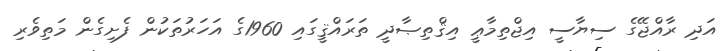
އަދި ރާއްޖޭގެ ސިޔާސީ އިޖްތިމާޢީ އިޤްތިޞާދީ ތަރައްޤީގައި 1960ގެ އަހަރުތަކުން ފެށިގެން މަތިވެރި